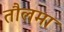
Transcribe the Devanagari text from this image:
तौलमा